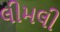
લીમલી